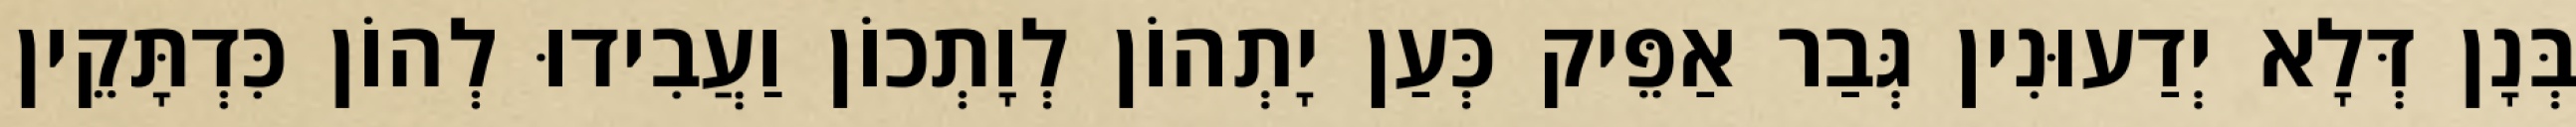
בְּנָן דְּלָא יְדַעוּנִין גְּבַר אַפֵּיק כְּעַן יָתְהוֹן לְוָתְכוֹן וַעֲבִידוּ לְהוֹן כִּדְתָּקֵין